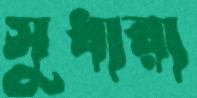
সুধারা